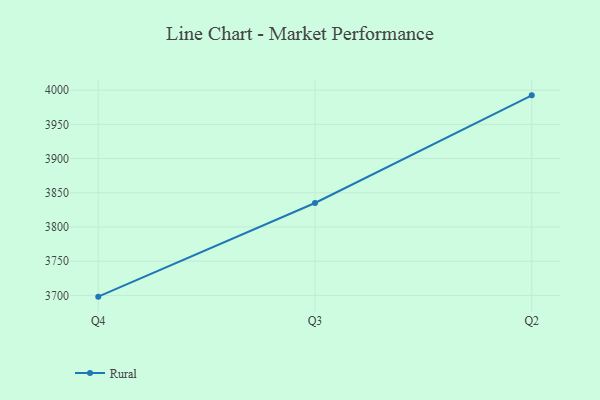
{"axis": {"x": "Quarter", "y": "Energy Usage (MWh)"}, "legend": ["Rural"], "data": [{"x": "Q4", "y": 3698.2, "type": "Rural"}, {"x": "Q3", "y": 3835.1, "type": "Rural"}, {"x": "Q2", "y": 3992.4, "type": "Rural"}]}